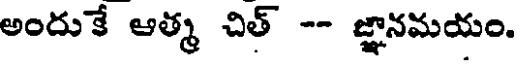
అందుకే ఆత్మ చిత్ -- జ్ఞానమయం.